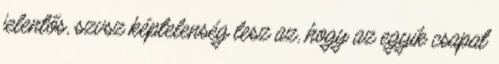
jelentős, szvsz képtelenség lesz az, hogy az egyik csapat